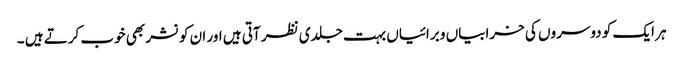
ہر ایک کو دوسروں کی خرابیاں و برائیاں بہت جلدی نظر آتی ہیں اور ان کو نشر بھی خوب کرتے ہیں ۔